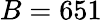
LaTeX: B=651